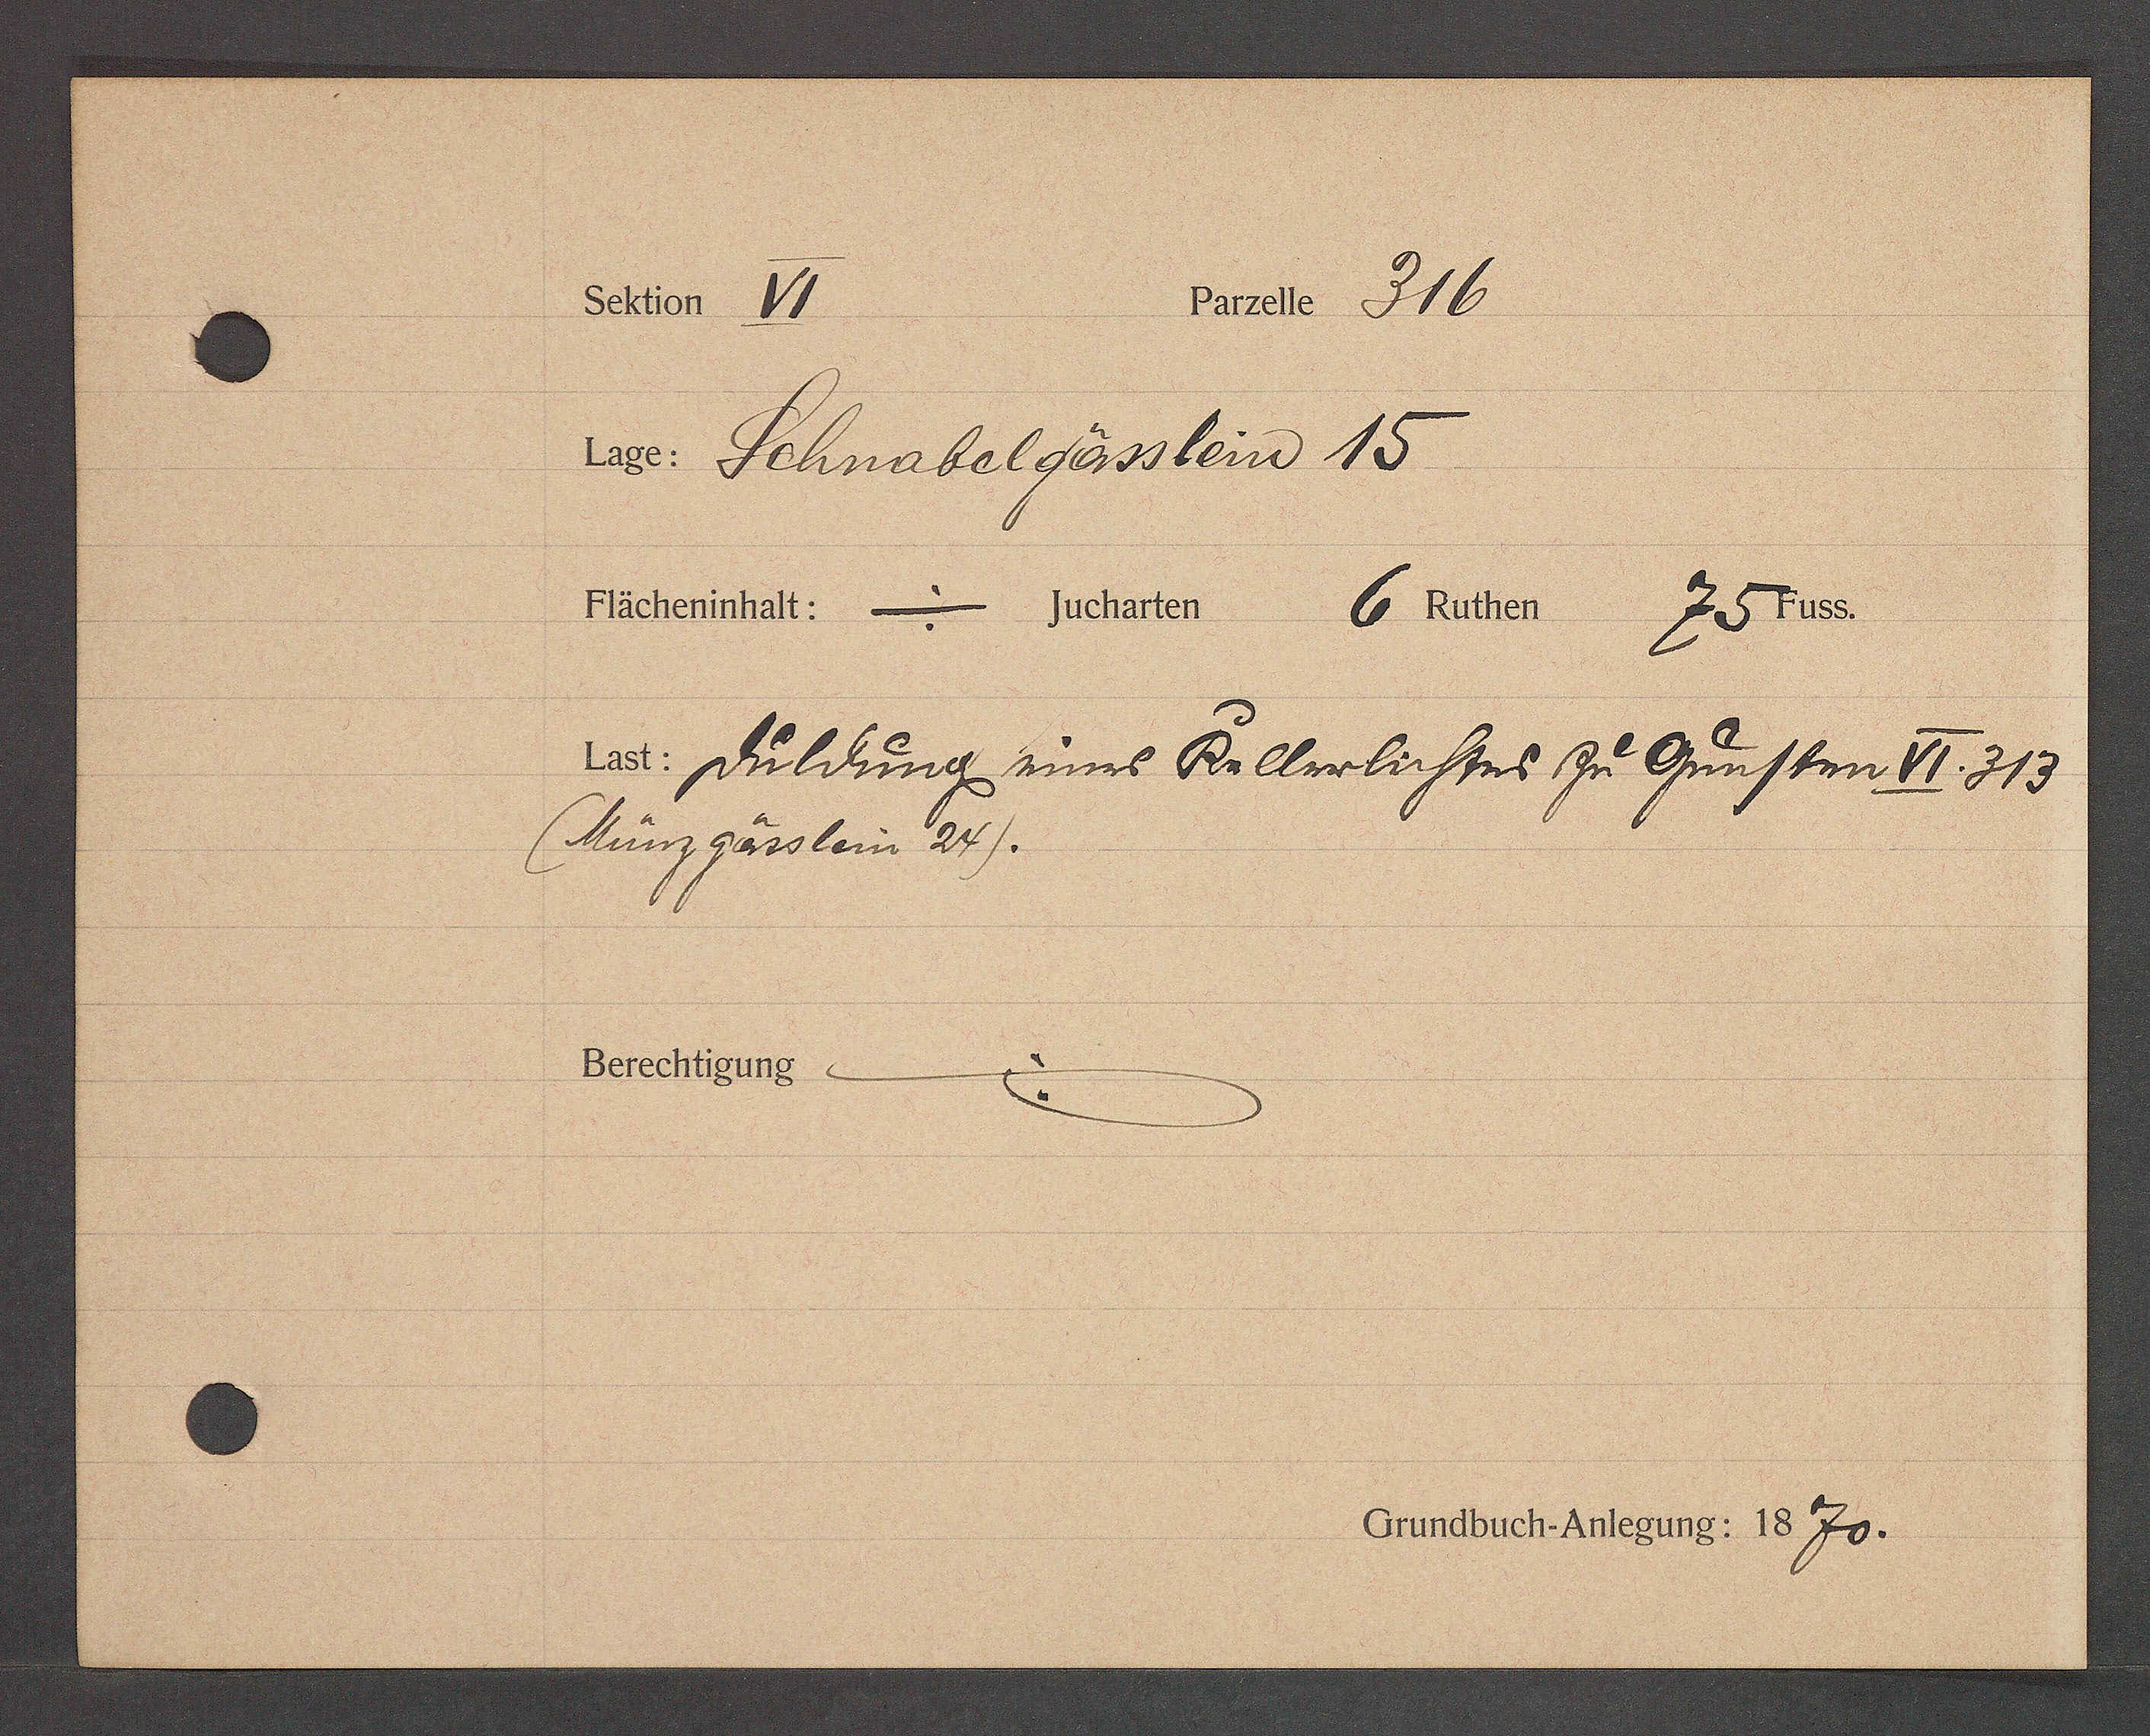
Transcript:
Pruete 316.
Schtion 11.
v0. Schnabelgässslein 15.

Fächerinhalt a jucharten 6 Ruthern Ei P45s.
oll:. Fuldung zinne Rillwlnhtnb zu Gunstun VI.313
(Munzgässlein 24).
Berechtigung:

CrundbuchAukonro: 18 70.